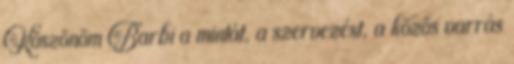
Köszönöm Barbi a mintát, a szervezést, a közös varrás